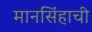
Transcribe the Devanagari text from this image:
मानसिंहाची